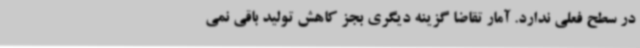
در سطح فعلی ندارد. آمار تقاضا گزینه دیگری بجز کاهش تولید باقی نمی